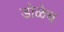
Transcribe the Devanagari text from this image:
डोळेच